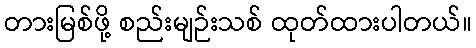
တားမြစ်ဖို့ စည်းမျဉ်းသစ် ထုတ်ထားပါတယ်။